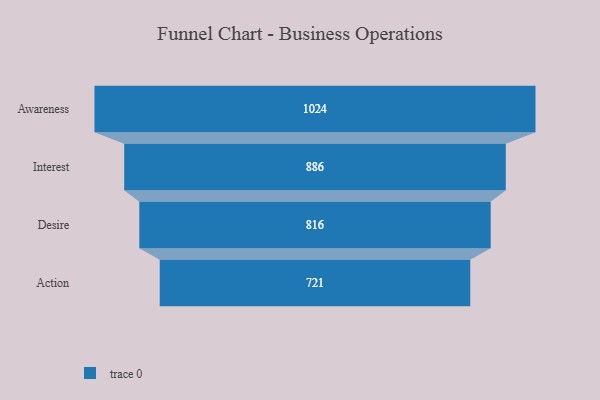
{"axis": {"x": "Stage", "y": "Value"}, "legend": [""], "data": [{"x": "Awareness", "y": 1024.0, "type": ""}, {"x": "Interest", "y": 886.0, "type": ""}, {"x": "Desire", "y": 816.0, "type": ""}, {"x": "Action", "y": 721.0, "type": ""}]}